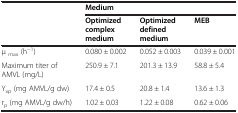
<table><thead><tr><td rowspan="2"><b> </b></td><td colspan="3"><b>Medium</b></td></tr><tr><td><b>Optimized complex medium</b></td><td><b>Optimized defined medium</b></td><td><b>MEB</b></td></tr></thead><tbody><tr><td>μ <sub>max</sub> (h<sup>−1</sup>)</td><td>0.080 ± 0.002</td><td>0.052 ± 0.003</td><td>0.039 ± 0.001</td></tr><tr><td>Maximum titer of AMVL (mg/L)</td><td>250.9 ± 7.1</td><td>201.3 ± 13.9</td><td>58.8 ± 5.4</td></tr><tr><td>Y<sub>xp</sub> (mg AMVL/g dw)</td><td>17.4 ± 0.5</td><td>20.8 ± 1.4</td><td>13.6 ± 1.3</td></tr><tr><td>r<sub>p</sub> (mg AMVL/g dw/h)</td><td>1.02 ± 0.03</td><td>1.22 ± 0.08</td><td>0.62 ± 0.06</td></tr></tbody></table>